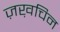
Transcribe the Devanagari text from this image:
ज़ख़चिन